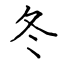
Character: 冬